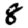
Digit: 8